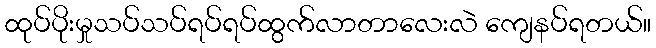
ထုပ်ပိုးမှုသပ်သပ်ရပ်ရပ်ထွက်လာတာလေးလဲ ကျေနပ်ရတယ်။